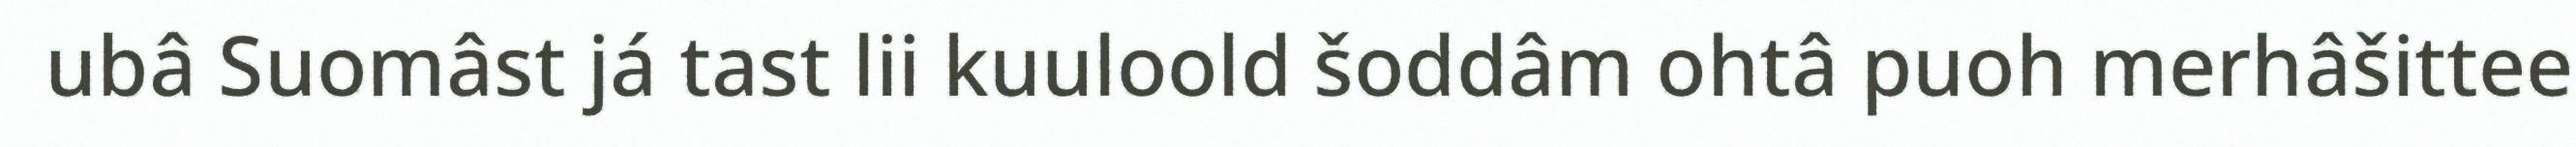
ubâ Suomâst já tast lii kuuloold šoddâm ohtâ puoh merhâšittee